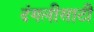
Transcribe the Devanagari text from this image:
दंगलीसाठी